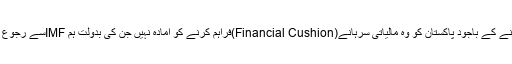
یہ ممالک ہمارے قریب ترین دوست ہونے کے باجود پاکستان کو وہ مالیاتی سرہانے(Financial Cushion)فراہم کرنے کو آمادہ نہیں جن کی بدولت ہم IMFسے رجوع کرنے کی ضرورت محسوس نہ کریں۔